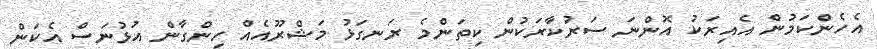
އެހެންކަމުން އެއިރަކު އޮންނަ ސަރުކާރަކުން ކިތަންމެ ރަނގަޅު މަޝްރޫއެއް ހިންގާން އުޅުނަސް އެކަން